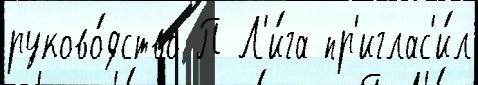
руково́дство П Л'и́га пр'иглас'и́л